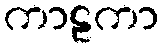
ကာဠကာ